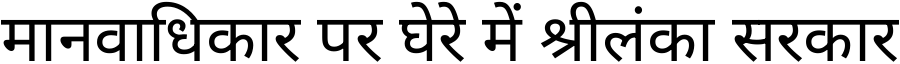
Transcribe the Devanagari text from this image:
मानवाधिकार पर घेरे में श्रीलंका सरकार